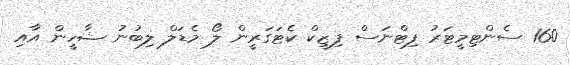
160 ސެންޓިމީޓަރު ފިޓްނަސް ފިޒީކް ކެޓަގަރީން ލޯ މެޑަލް ލިބުނު ޝާހީން އާއި